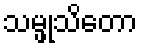
သမ္ဖုသိတော